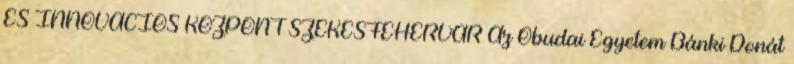
ÉS INNOVÁCIÓS KÖZPONT SZÉKESFEHÉRVÁR Az Óbudai Egyetem Bánki Donát